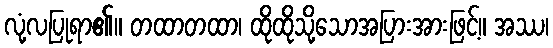
လုံ့လပြုရာ၏။ တထာတထာ၊ ထိုထိုသို့သောအပြားအားဖြင့်။ အဿ၊